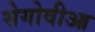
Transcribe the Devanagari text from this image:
सेगोवीआ